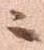
云